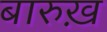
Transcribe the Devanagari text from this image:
बारुख़